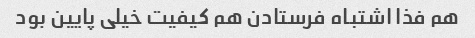
هم فذا اشتباه فرستادن هم کیفیت خیلی پایین بود